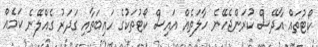
ކޯޓުތައް އާދޭސް ކުރަންޖެހޭނެ ހާލަތެއް އައިސް ކޯޓުތަކުގެ ހައިބަތާއި ގަދަރު ގެއްލޭނެ ކަމެއް